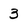
Character: 3